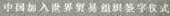
中国加入世界贸易组织签字仪式